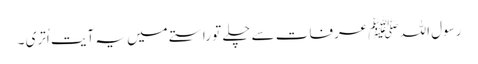
رسول اللہ ﷺ عرفات سے چلے تو راستے میں یہ آیت اُتری ۔